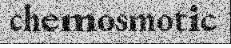
chemosmotic